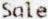
SALE